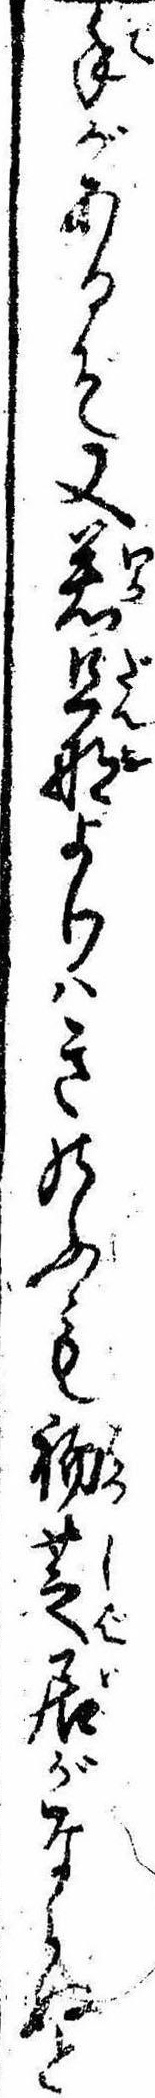
手があるぞ又若旦那よりはきのふも初芝居がならぬと